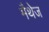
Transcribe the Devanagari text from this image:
मैथेज